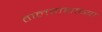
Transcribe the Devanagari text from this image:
तालवाद्याच्या